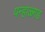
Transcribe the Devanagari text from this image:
पन्हाळ्गड